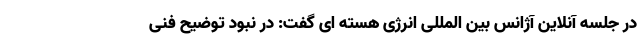
در جلسه آنلاین آژانس بین المللی انرژی هسته ای گفت: در نبود توضیح فنی